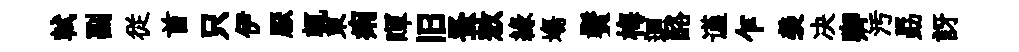
軾副従首只伊厭輒東痢暉旧蚤敖縁塲鬢梅逥酪谨乍羡决卿汚勗訝